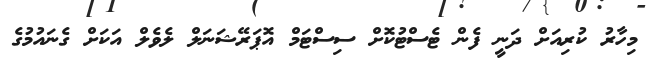
މިހާރު ކުރިއަށް ދަނީ ފެން ޓެސްޓުކޮށް ސިސްޓަމް އޮޕަރޭޝަނަލް ލެވެލް އަކަށް ގެނައުމުގެ